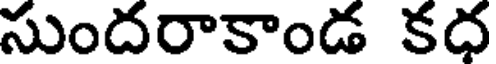
సుందరాకాండ కధ